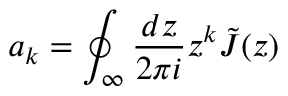
a _ { k } = \oint _ { \infty } \frac { d z } { 2 \pi i } z ^ { k } \tilde { J } ( z )